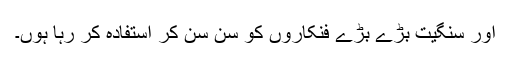
اور سنگیت بڑے بڑے فنکاروں کو سُن سُن کر استفادہ کر رہا ہُوں۔